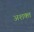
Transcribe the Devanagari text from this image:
अशक्‍त